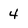
Character: 4